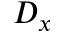
D _ { x }